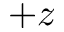
+ z